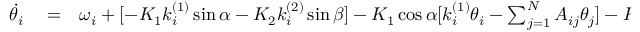
\begin{array} { r l r } { \dot { \theta _ { i } } } & { { } = } & { \omega _ { i } + [ - K _ { 1 } k _ { i } ^ { ( 1 ) } \sin \alpha - K _ { 2 } k _ { i } ^ { ( 2 ) } \sin \beta ] - K _ { 1 } \cos \alpha [ k _ { i } ^ { ( 1 ) } \theta _ { i } - \sum _ { j = 1 } ^ { N } A _ { i j } \theta _ { j } ] - K _ { 2 } \cos \beta [ k _ { i } ^ { ( 2 ) } \theta _ { i } - \sum _ { j = 1 } ^ { N } A _ { i j } ( \sum _ { l = 1 } ^ { N } A _ { j l } A _ { l i } ) \theta _ { j } } \end{array}